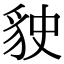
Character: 𧲬